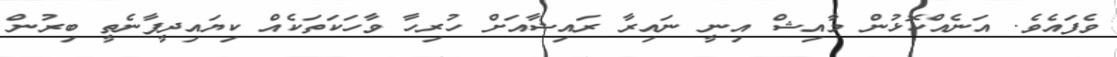
ވެފައެވެ. އަނެއްކޮޅުން މާއިޝް އިނީ ނައިރާ ރައިޝާއަށް ހުރިހާ ވާހަކަތަކެއް ކިޔައިދީފާނެތީ ބިރުން